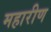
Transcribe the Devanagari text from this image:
महारीण